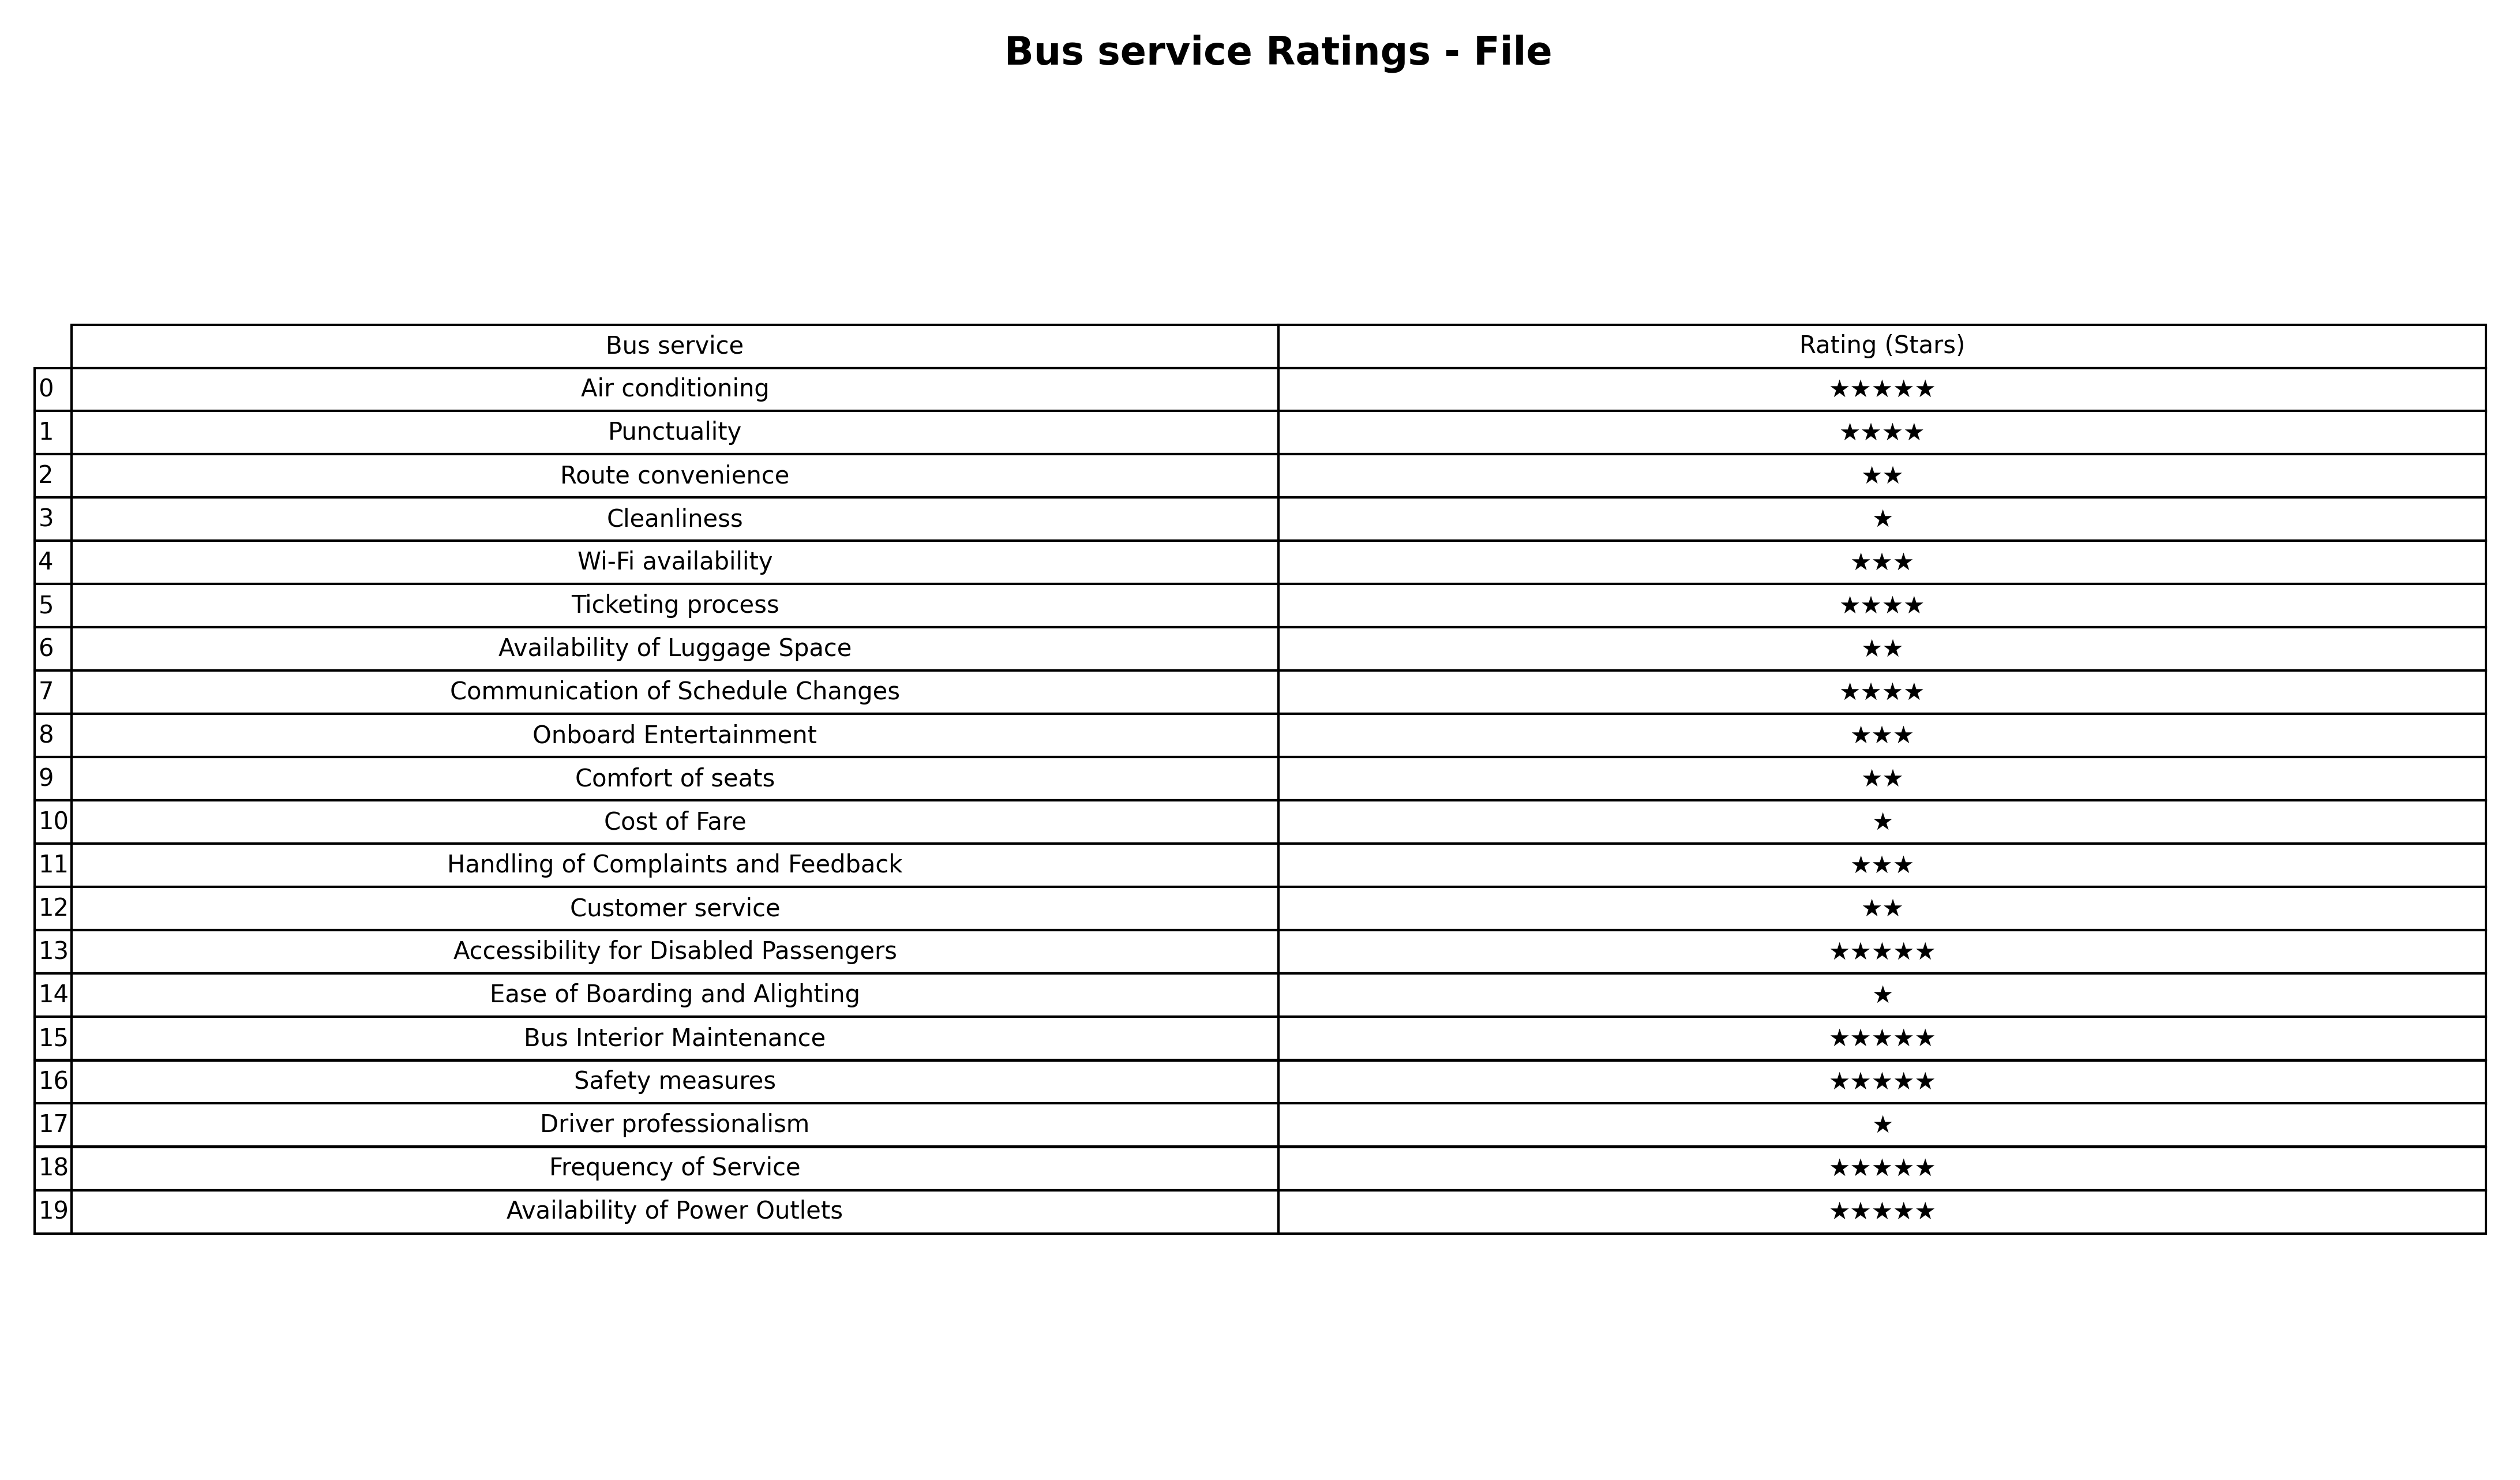
question: What are two star services?
answer: Route convenienceAvailability of Luggage SpaceComfort of seatsCustomer service